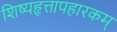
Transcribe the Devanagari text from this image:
शिष्यहृत्तापहारकम्